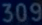
309